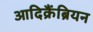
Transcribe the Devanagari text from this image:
आदिक्रैंब्रियन